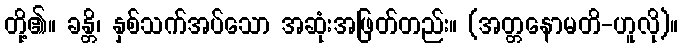
တို့၏။ ခန္တိ၊ နှစ်သက်အပ်သော အဆုံးအဖြတ်တည်း။ (အတ္တနောမတိ-ဟူလို)။